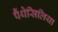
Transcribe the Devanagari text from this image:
पैंथेसिलिया